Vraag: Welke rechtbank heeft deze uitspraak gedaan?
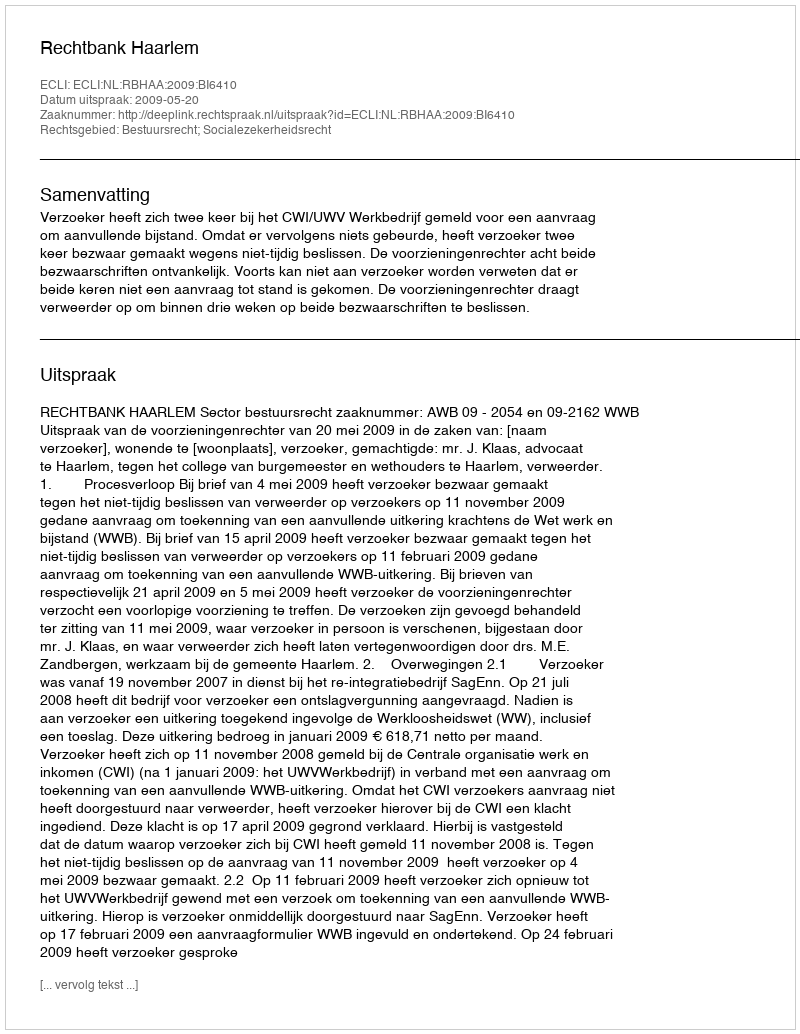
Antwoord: Rechtbank Haarlem